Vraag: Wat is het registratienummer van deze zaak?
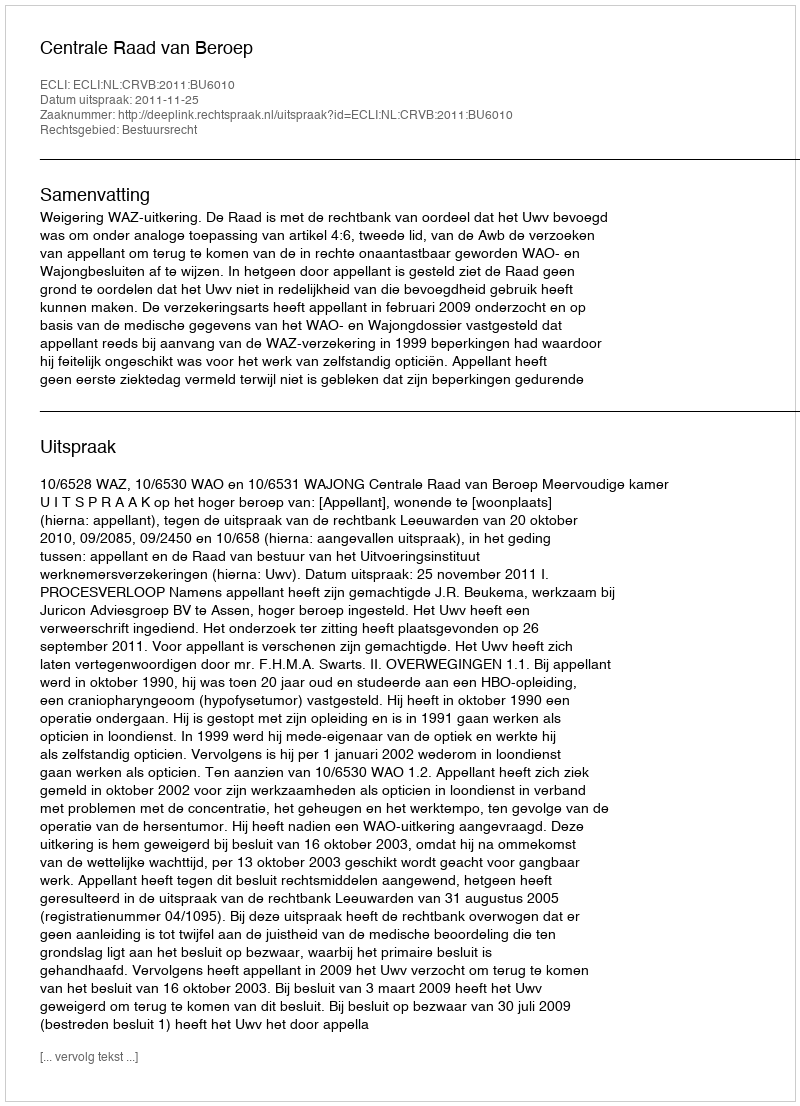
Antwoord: http://deeplink.rechtspraak.nl/uitspraak?id=ECLI:NL:CRVB:2011:BU6010